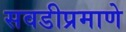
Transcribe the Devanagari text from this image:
सवडीप्रमाणे